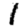
Digit: 1